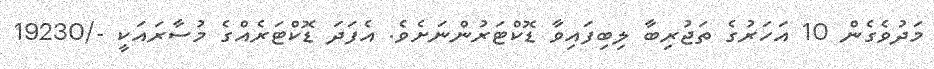
މަދުވެގެން 10 އަހަރުގެ ތަޖުރިބާ ލިބިފައިވާ ޑޮޮކްޓަރުންނަށެވެ. އެފަދަ ޑޮކްޓަރެއްގެ މުސާރައަކީ -/19230